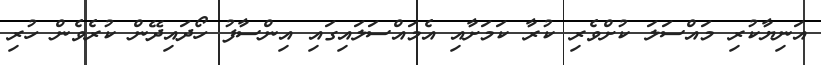
އަނިޔާކުރި މައްސަލަ ކުށްވެރި ކުރާ ކަމަށާއި އެމައްސަލައިގައި އިންސާފު ހޯދައިދޭން ކުރެވެން ހުރި